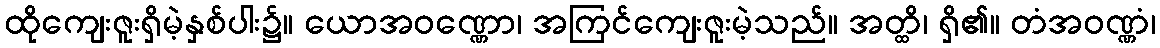
ထိုကျေးဇူးရှိမဲ့နှစ်ပါး၌။ ယောအဝဏ္ဏော၊ အကြင်ကျေးဇူးမဲ့သည်။ အတ္ထိ၊ ရှိ၏။ တံအဝဏ္ဏံ၊